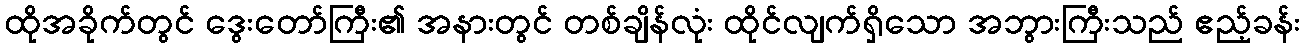
ထိုအခိုက်တွင် ဒွေးတော်ကြီး၏ အနားတွင် တစ်ချိန်လုံး ထိုင်လျက်ရှိသော အဘွားကြီးသည် ဧည့်ခန်း